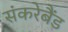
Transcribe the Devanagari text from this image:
संकरेबैंड